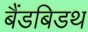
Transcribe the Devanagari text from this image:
बैंडबिडथ